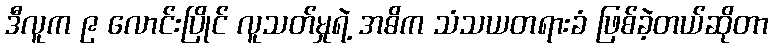
ဒီလူက ၉ လောင်းပြိုင် လူသတ်မှုရဲ့ အဓိက သံသယတရားခံ ဖြစ်ခဲ့တယ်ဆိုတာ